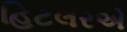
હિટલરએ